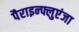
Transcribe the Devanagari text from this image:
पैराइन्फ्लुएंजा